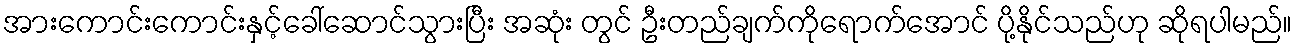
အားကောင်းကောင်းနှင့်ခေါ်ဆောင်သွားပြီး အဆုံး တွင် ဦးတည်ချက်ကိုရောက်အောင် ပို့နိုင်သည်ဟု ဆိုရပါမည်။